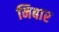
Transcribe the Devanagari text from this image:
निबार